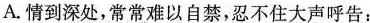
A.情到深处，常常难以自禁，忍不住大声呼告：